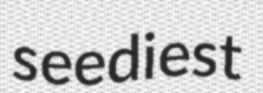
seediest